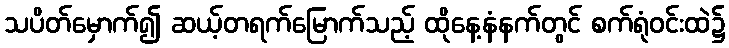
သပိတ်မှောက်၍ ဆယ့်တရက်မြောက်သည့် ထိုနေ့နံနက်တွင် စက်ရုံဝင်းထဲ၌